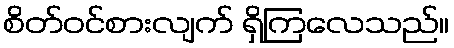
စိတ်ဝင်စားလျက် ရှိကြလေသည်။